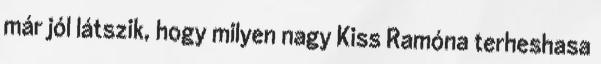
már jól látszik, hogy milyen nagy Kiss Ramóna terheshasa